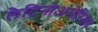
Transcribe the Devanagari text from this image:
लैटिनोअमेरिका